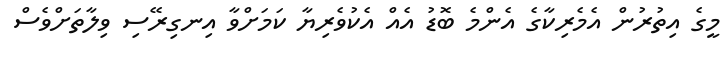
މީގެ އިތުރުން އެމެރިކާގެ އެންމެ ބޮޑު އެއް އެކުވެރިޔާ ކަމަށްވާ އިނގިރޭސި ވިލާތަށްވެސް